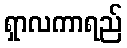
ရှာလကာရည်